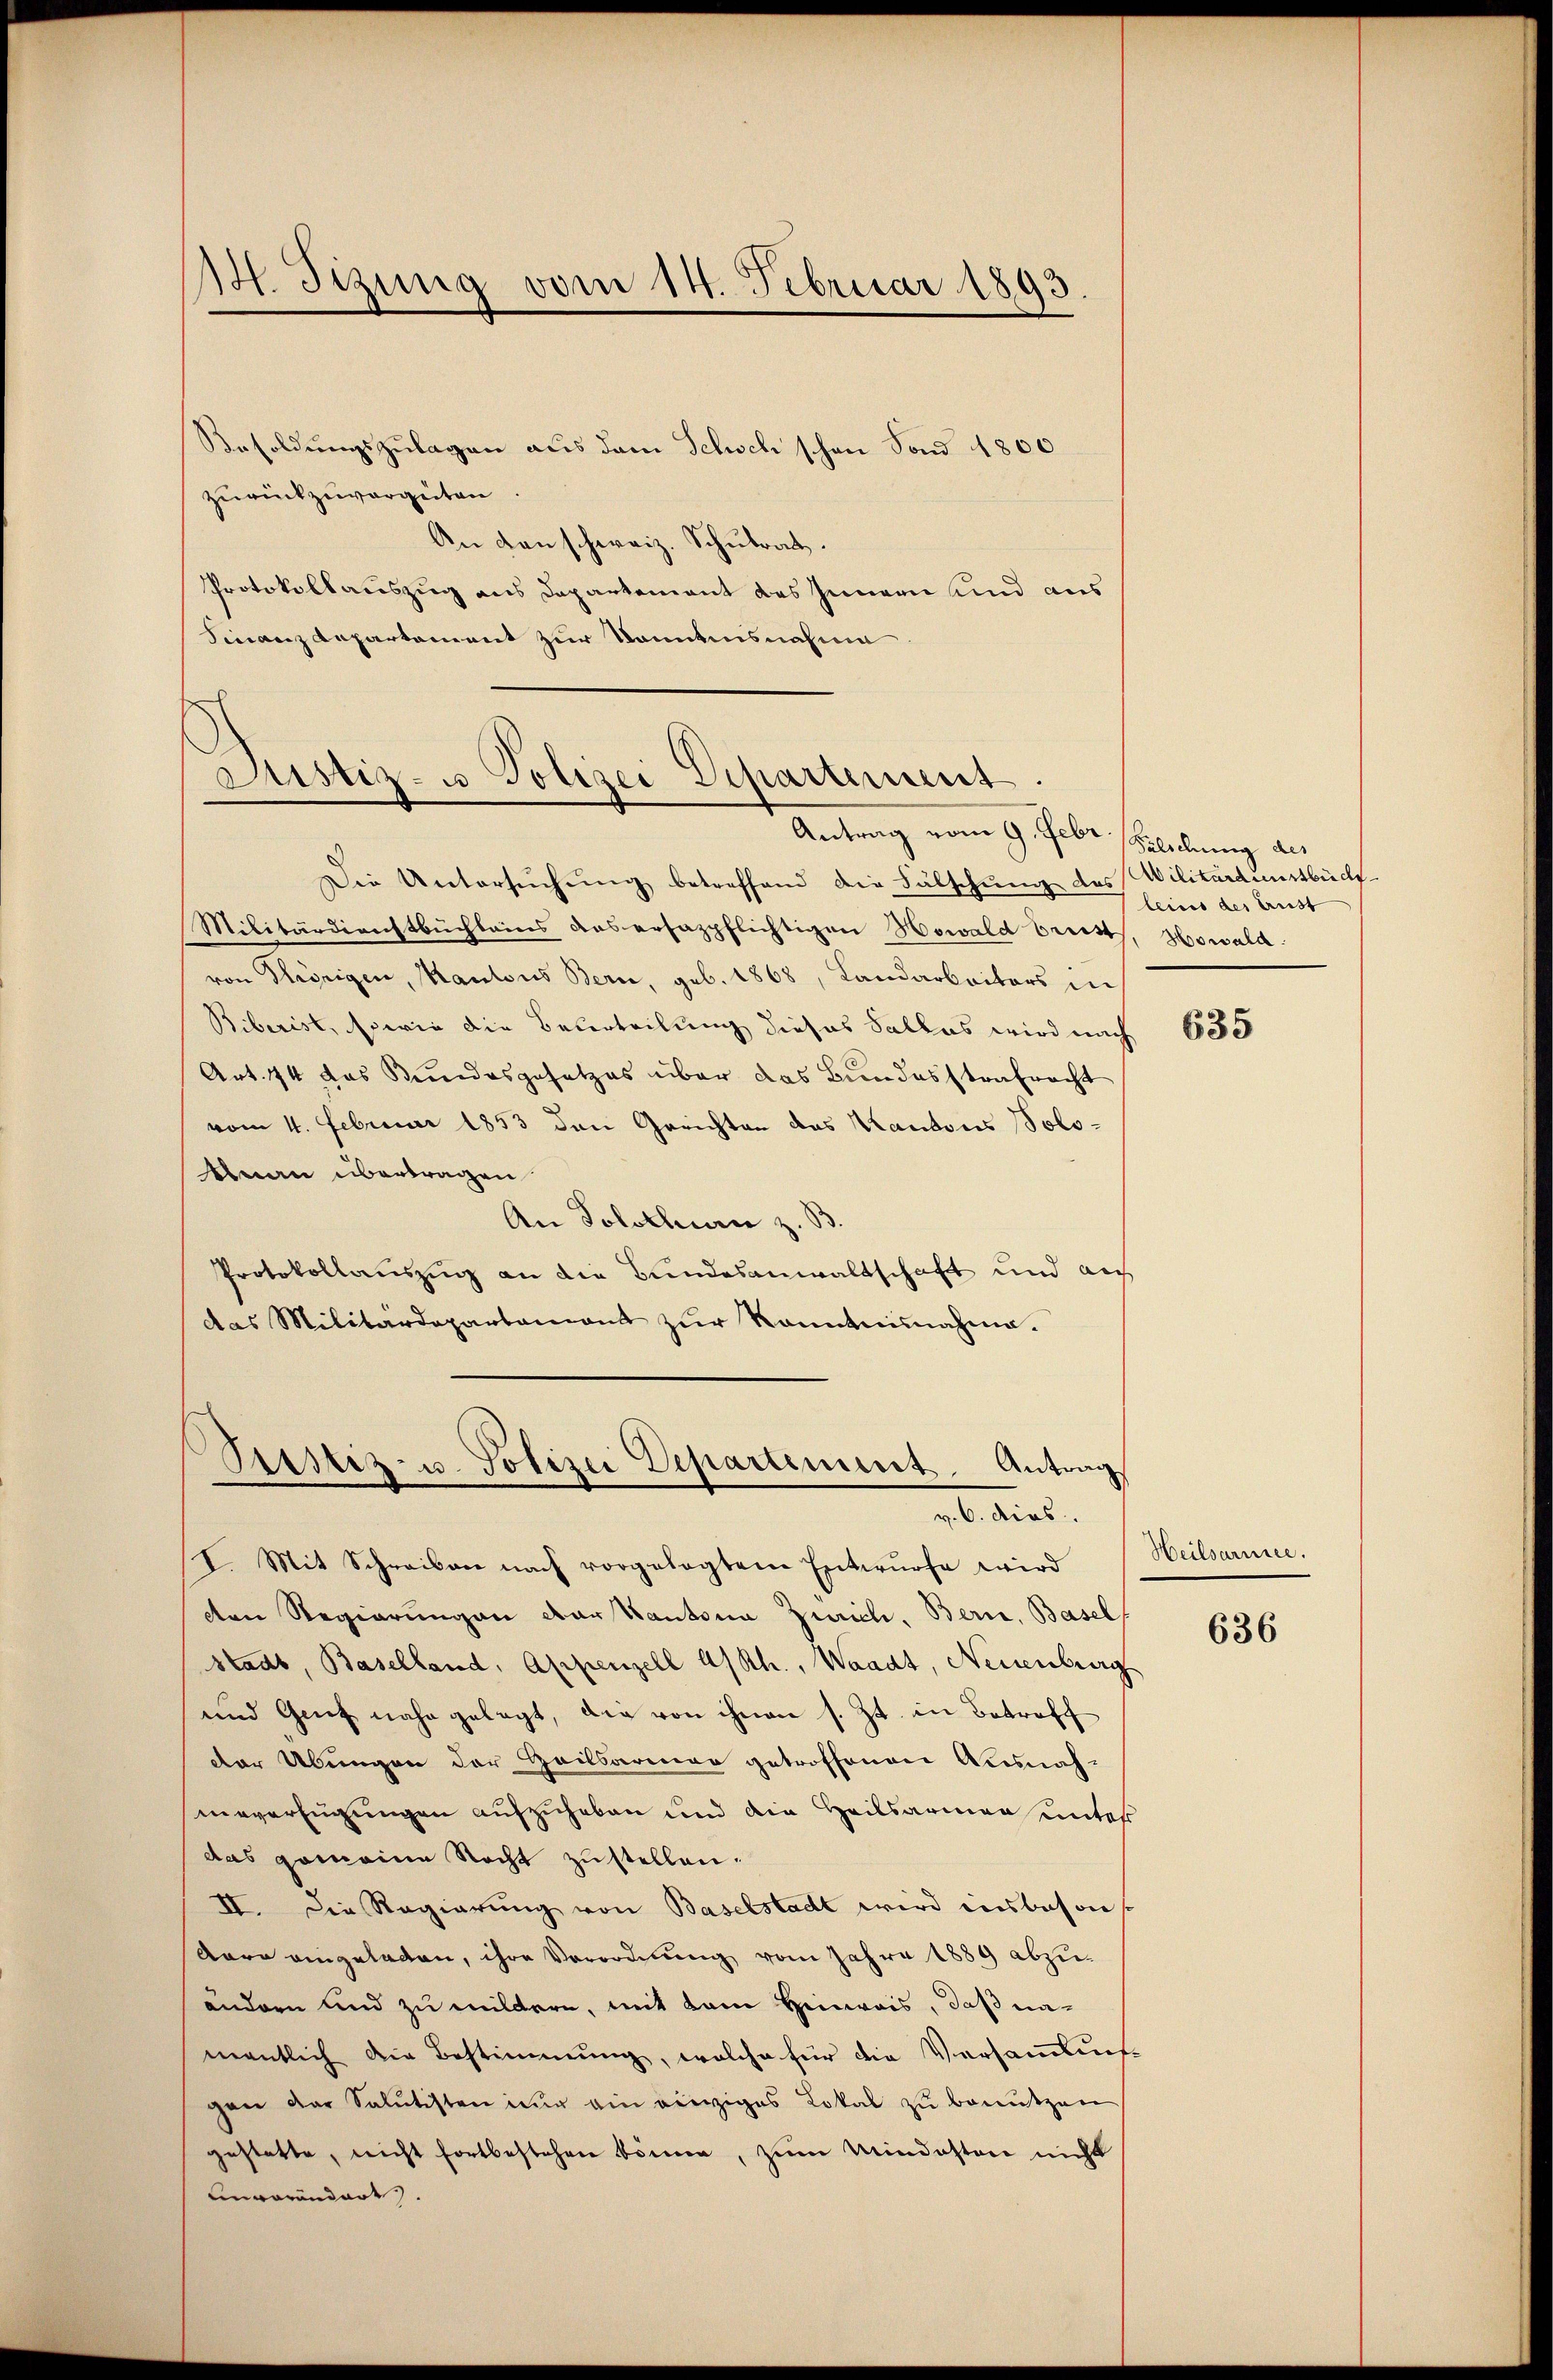
14. Tizung vom 14. Februar 1893

Besoldungszulagen aus dem Schoch schon Fond 4800
zurückzuvorgeiten
An denschweiz. Schulrat.
Protokollauszug aus Departement des Innern und aus
Finanzdepartement zur Kenntnisnahme

Justiz- u. Polizei Departement.
.
Antrag vom 9. Febr. lichung des

Ptstiz- u. Polizei Departement. Antrag
v. 6. dies

Die Untersŭchŭng betreffend die Fälschung des Militärdienstbüch
Militärdienstbuchleins das ersazpflichtigen Howald breist, Howald
von Flüssigen, Kantons Bern, geb. 1868, Landarbeiters in
Biberist, sowie die Beurteilung dieses Salles wird nach 655
Art. 44 das Kundesgesetzes über das Bundesstrafracht
vom 4. Februar 1853 den Gerichten das Kantons Solotnau übertragen
An Solothurn z. B
Protokollauszug an die Bundesanwaltschaft und aus
das Militärdepartamant zŭr Kenntnisnahme.

I. Mit Schreiben nach vorgelegtem Entwürfe wird
den Regierungen der Kantona Zürich. Bern, Basel
stadt, Baselland, Appenzell A/Rh., Waadt, Neuenburg
und Genf nahe gelegt, die von ihnen s. Zt. in Betreff
Der Übungen der Heilsarmen getroffenen Ausnah-
nerverfügungen aufzuheben und die Heilsarmen unter
das gemeine Recht zustellen.
II. Die Regierung von Baselstadt wird insbeson
Aare eingeladen, ihre Verordnung vom Jahre 1889 abzuändern und zu mildern, mit kam Hinweis, daß namentlich die Bestimmung, welche für die Versammlung
gen der Salutisten nur ein einziges Lokal zu benutzen
gestatte, nicht fortbestehen könne, zum Mindesten nicht
Unverändert.

leins des Brust

Heilsarmee.

636